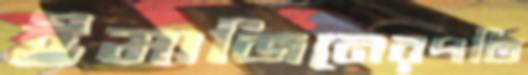
ইমাজিনেরপতি